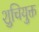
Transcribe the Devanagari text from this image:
शुचियुक्त